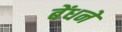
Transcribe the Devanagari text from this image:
बेंधने